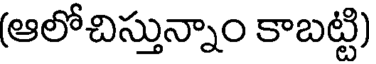
(ఆలోచిస్తున్నాం కాబట్టి)